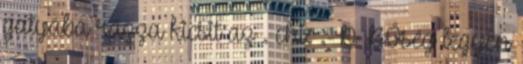
gatyába rázza kicsit az . chi: :-D BŐség legyen